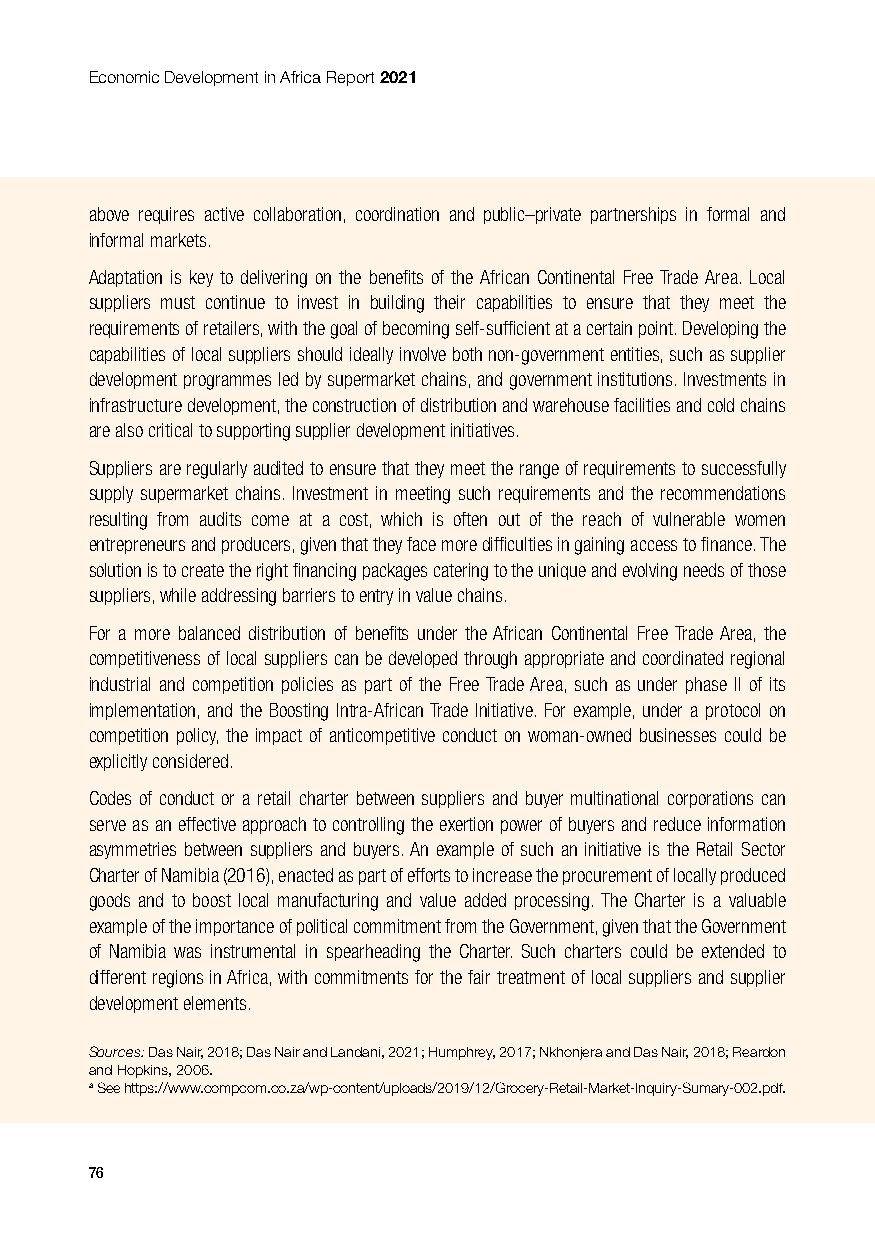
Economic Development in Africa Report 2021
 above requires active collaboration, coordination and public–private partnerships in formal and
 informal markets.
 Adaptation is key to delivering on the benefits of the African Continental Free Trade Area. Local
 suppliers must continue to invest in building their capabilities to ensure that they meet the
 requirements of retailers, with the goal of becoming self-sufficient at a certain point. Developing the
 capabilities of local suppliers should ideally involve both non-government entities, such as supplier
 development programmes led by supermarket chains, and government institutions. Investments in
 infrastructure development, the construction of distribution and warehouse facilities and cold chains
 are also critical to supporting supplier development initiatives.
 Suppliers are regularly audited to ensure that they meet the range of requirements to successfully
 supply supermarket chains. Investment in meeting such requirements and the recommendations
 resulting from audits come at a cost, which is often out of the reach of vulnerable women
 entrepreneurs and producers, given that they face more difficulties in gaining access to finance. The
 solution is to create the right financing packages catering to the unique and evolving needs of those
 suppliers, while addressing barriers to entry in value chains.
 For a more balanced distribution of benefits under the African Continental Free Trade Area, the
 competitiveness of local suppliers can be developed through appropriate and coordinated regional
 industrial and competition policies as part of the Free Trade Area, such as under phase II of its
 implementation, and the Boosting Intra-African Trade Initiative. For example, under a protocol on
 competition policy, the impact of anticompetitive conduct on woman-owned businesses could be
 explicitly considered.
 Codes of conduct or a retail charter between suppliers and buyer multinational corporations can
 serve as an effective approach to controlling the exertion power of buyers and reduce information
 asymmetries between suppliers and buyers. An example of such an initiative is the Retail Sector
 Charter of Namibia (2016), enacted as part of efforts to increase the procurement of locally produced
 goods and to boost local manufacturing and value added processing. The Charter is a valuable
 example of the importance of political commitment from the Government, given that the Government
 of Namibia was instrumental in spearheading the Charter. Such charters could be extended to
 different regions in Africa, with commitments for the fair treatment of local suppliers and supplier
 development elements.
 Sources: Das Nair, 2018; Das Nair and Landani, 2021; Humphrey, 2017; Nkhonjera and Das Nair, 2018; Reardon
 and Hopkins, 2006.
 a See https://www.compcom.co.za/wp-content/uploads/2019/12/Grocery-Retail-Market-Inquiry-Sumary-002.pdf.
 76